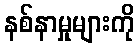
နစ်နာမှုများကို